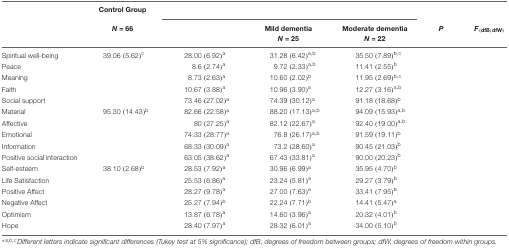
<table><thead><tr><td>[EMPTY_CELL]</td><td><b>Control Group</b></td><td colspan="3">[EMPTY_CELL]</td><td>[EMPTY_CELL]</td><td>[EMPTY_CELL]</td></tr><tr><td>[EMPTY_CELL]</td><td><b><i>N</i> = 66</b></td><td>[EMPTY_CELL]</td><td><b>Mild dementia <i>N</i> = 25</b></td><td><b>Moderate dementia <i>N</i> = 22</b></td><td><b><i>P</i></b></td><td><b><i>F</i><sub>(dfB;dfW)</sub></b></td></tr></thead><tbody><tr><td>Spiritual well-being</td><td>39.06 (5.62)<sup>c</sup></td><td>28.00 (6.92)<sup>a</sup></td><td>31.28 (6.42)<sup>a,b</sup></td><td>35.50 (7.89)<sup>b</sup>,c</td><td>[EMPTY_CELL]</td><td>[EMPTY_CELL]</td></tr><tr><td>Peace</td><td>[EMPTY_CELL]</td><td>8.6 (2.74)<sup>a</sup></td><td>9.72 (2.33)<sup>a,b</sup></td><td>11.41 (2.55)<sup>b</sup></td><td>[EMPTY_CELL]</td><td>[EMPTY_CELL]</td></tr><tr><td>Meaning</td><td>[EMPTY_CELL]</td><td>8.73 (2.63)<sup>a</sup></td><td>10.60 (2.02)<sup>b</sup></td><td>11.95 (2.69)<sup>b</sup>,c</td><td>[EMPTY_CELL]</td><td>[EMPTY_CELL]</td></tr><tr><td>Faith</td><td>[EMPTY_CELL]</td><td>10.67 (3.88)<sup>a</sup></td><td>10.96 (3.90)<sup>a</sup></td><td>12.27 (3.16)<sup>a,b</sup></td><td>[EMPTY_CELL]</td><td>[EMPTY_CELL]</td></tr><tr><td>Social support</td><td>[EMPTY_CELL]</td><td>73.46 (27.02)<sup>a</sup></td><td>74.39 (30.12)<sup>a</sup></td><td>91.18 (18.68)<sup>b</sup></td><td>[EMPTY_CELL]</td><td>[EMPTY_CELL]</td></tr><tr><td>Material</td><td>95.30 (14.43)<sup>b</sup></td><td>82.66 (22.58)<sup>a</sup></td><td>88.20 (17.13)<sup>a,b</sup></td><td>94.09 (15.93)<sup>a,b</sup></td><td>[EMPTY_CELL]</td><td>[EMPTY_CELL]</td></tr><tr><td>Affective</td><td>[EMPTY_CELL]</td><td>80 (27.25)<sup>a</sup></td><td>82.12 (22.67)<sup>a</sup></td><td>92.40 (19.00)<sup>a,b</sup></td><td>[EMPTY_CELL]</td><td>[EMPTY_CELL]</td></tr><tr><td>Emotional</td><td>[EMPTY_CELL]</td><td>74.33 (28.77)<sup>a</sup></td><td>76.8 (26.17)<sup>a,b</sup></td><td>91.59 (19.11)<sup>b</sup></td><td>[EMPTY_CELL]</td><td>[EMPTY_CELL]</td></tr><tr><td>Information</td><td>[EMPTY_CELL]</td><td>68.33 (30.09)<sup>a</sup></td><td>73.2 (28.60)<sup>a</sup></td><td>90.45 (21.03)<sup>b</sup></td><td>[EMPTY_CELL]</td><td>[EMPTY_CELL]</td></tr><tr><td>Positive social interaction</td><td>[EMPTY_CELL]</td><td>63.05 (38.62)<sup>a</sup></td><td>67.43 (33.81)<sup>a</sup></td><td>90.00 (20.23)<sup>b</sup></td><td>[EMPTY_CELL]</td><td>[EMPTY_CELL]</td></tr><tr><td>Self-esteem</td><td>38.10 (2.68)<sup>b</sup></td><td>28.53 (7.92)<sup>a</sup></td><td>30.96 (6.99)<sup>a</sup></td><td>35.95 (4.70)<sup>b</sup></td><td>[EMPTY_CELL]</td><td>[EMPTY_CELL]</td></tr><tr><td>Life Satisfaction</td><td>[EMPTY_CELL]</td><td>25.53 (6.86)<sup>a</sup></td><td>23.24 (5.81)<sup>a</sup></td><td>29.27 (3.79)<sup>b</sup></td><td>[EMPTY_CELL]</td><td>[EMPTY_CELL]</td></tr><tr><td>Positive Affect</td><td>[EMPTY_CELL]</td><td>28.27 (9.78)<sup>a</sup></td><td>27.00 (7.63)<sup>a</sup></td><td>33.41 (7.95)<sup>b</sup></td><td>[EMPTY_CELL]</td><td>[EMPTY_CELL]</td></tr><tr><td>Negative Affect</td><td>[EMPTY_CELL]</td><td>25.27 (7.94)<sup>b</sup></td><td>22.24 (7.71)<sup>b</sup></td><td>14.41 (5.47)<sup>a</sup></td><td>[EMPTY_CELL]</td><td>[EMPTY_CELL]</td></tr><tr><td>Optimism</td><td>[EMPTY_CELL]</td><td>13.87 (6.78)<sup>a</sup></td><td>14.60 (3.96)<sup>a</sup></td><td>20.32 (4.01)<sup>b</sup></td><td>[EMPTY_CELL]</td><td>[EMPTY_CELL]</td></tr><tr><td>Hope</td><td>[EMPTY_CELL]</td><td>28.40 (7.97)<sup>a</sup></td><td>28.32 (6.01)<sup>a</sup></td><td>34.00 (5.10)<sup>b</sup></td><td>[EMPTY_CELL]</td><td>[EMPTY_CELL]</td></tr></tbody></table>